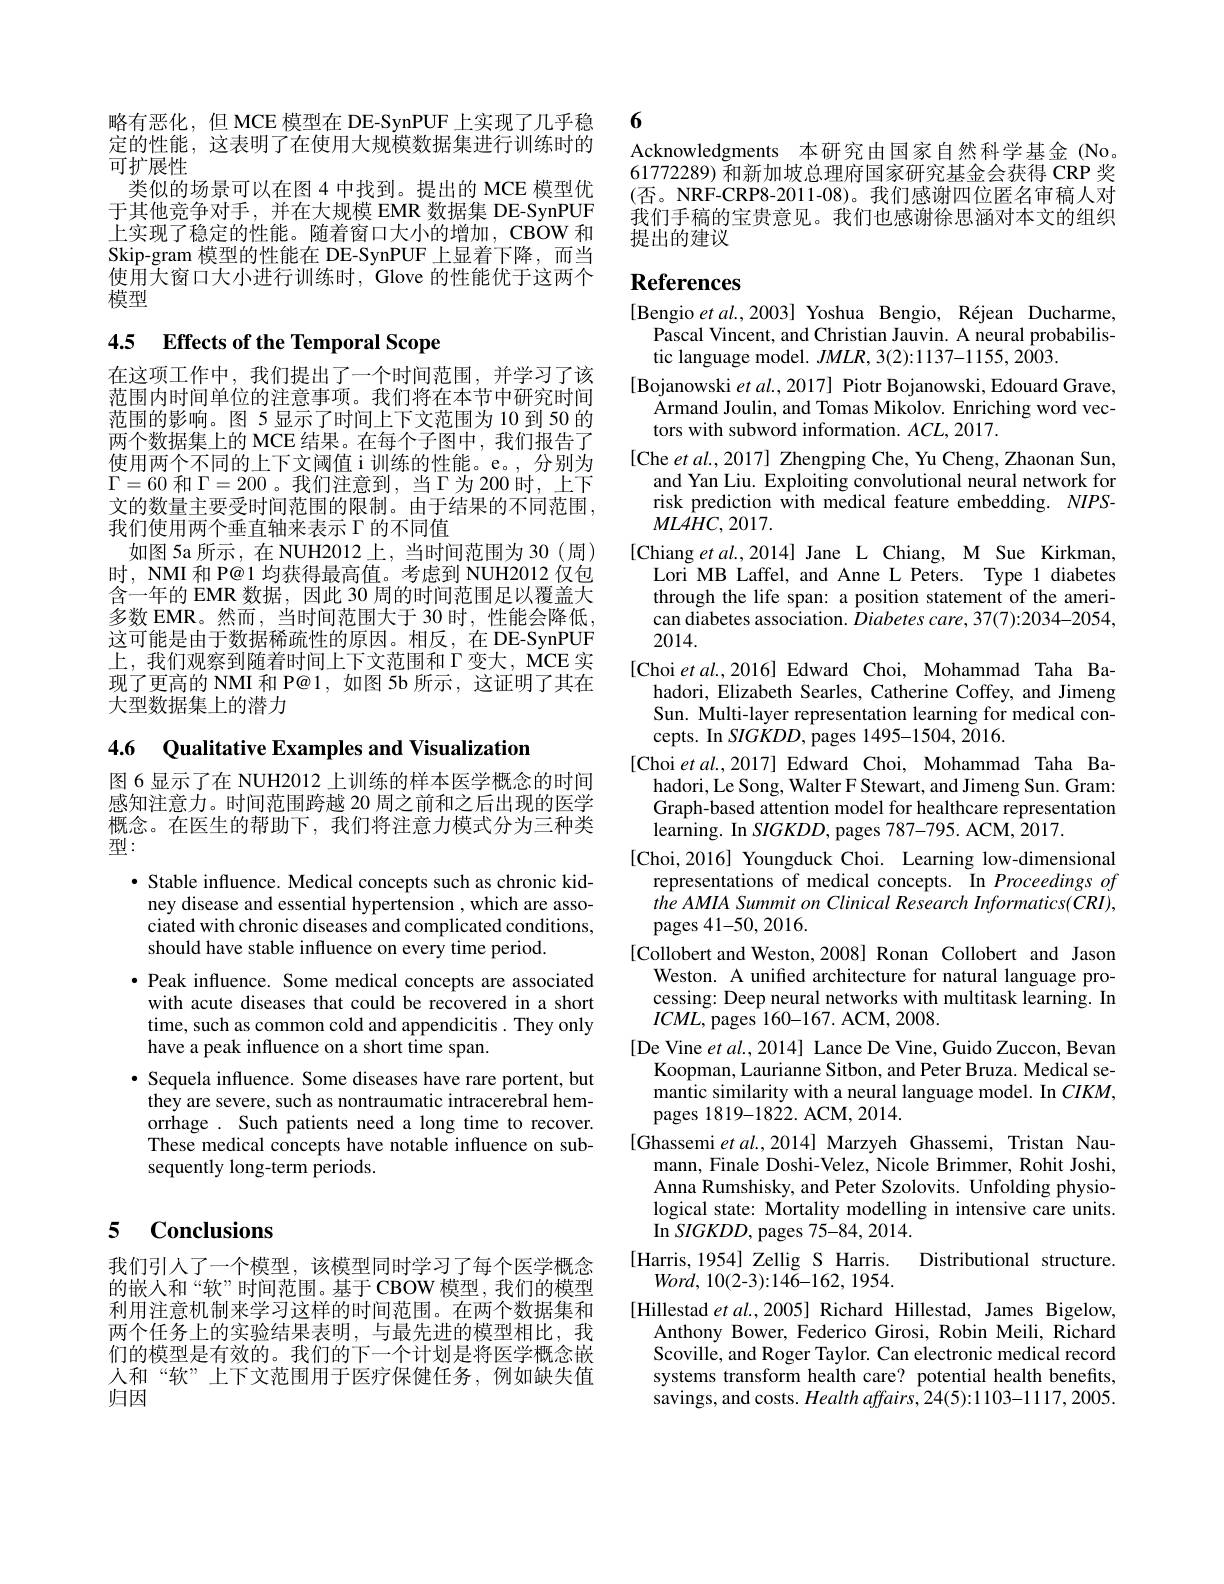
略有恶化，但 MCE 模型在 DE-SynPUF 上实现了几乎稳定的性能，这表明了在使用大规模数据集进行训练时的可扩展性
类似的场景可以在图 4 中找到。提出的 MCE 模型优于其他竞争对手，并在大规模 EMR 数据集 DE-SynPUF 上实现了稳定的性能。随着窗口大小的增加，CBOW 和Skip-gram 模型的性能在 DE-SynPUF 上显着下降，而当使用大窗口大小进行训练时，Glove 的性能优于这两个模型

## 4.5 Effects of the Temporal Scope

在这项工作中，我们提出了一个时间范围，并学习了该范围内时间单位的注意事项。我们将在本节中研究时间范围的影响。图 5 显示了时间上下文范围为 10 到 50 的两个数据集上的 MCE 结果。在每个子图中，我们报告了使用两个不同的上下文阈值 i训练的性能。e。,分别为$\Gamma=60$和$\Gamma=200$ 。我们注意到，当$\Gamma$为 200 时，上下文的数量主要受时间范围的限制。由于结果的不同范围， 我们使用两个垂直轴来表示$\Gamma$的不同值
如图 5a 所示，在 NUH2012 上，当时间范围为 30 (周) 时，NMI 和 P@1 均获得最高值。考虑到 NUH2012 仅包含一年的 EMR 数据，因此 30 周的时间范围足以覆盖大多数 EMR。然而，当时间范围大于 30 时，性能会降低， 这可能是由于数据稀疏性的原因。相反，在 DE-SynPUF 上，我们观察到随着时间上下文范围和$\Gamma$变大，MCE 实现了更高的 NMI 和 P@1,如图 5b 所示，这证明了其在大型数据集上的潜力

4.6 Qualitative Examples and Visualization

图 6 显示了在 NUH2012 上训练的样本医学概念的时间感知注意力。时间范围跨越 20 周之前和之后出现的医学概念。在医生的帮助下，我们将注意力模式分为三种类型：

· Stable influence. Medical concepts such as chronic kid-
ney disease and essential hypertension , which are associated with chronic diseases and complicated conditions, should have stable influence on every time period.
$\bullet$ Peak influence. Some medical concepts are associated with acute diseases that could be recovered in a short time, such as common cold and appendicitis. They only have a peak influence on a short time span.
$\bullet$ Sequela influence. Some diseases have rare portent, but
$\hat{\text{they are severe, such as nontraumatic intracerebral hem-}}$ orrhage. Such patients need a long time to recover. These medical concepts have notable influence on subsequently long-term periods.

### 5 $\mathbf{Conclusions}$

我们引人了一个模型，该模型同时学习了每个医学概念的嵌人和“软”时间范围。基于 CBOW 模型，我们的模型利用注意机制来学习这样的时间范围。在两个数据集和两个任务上的实验结果表明，与最先进的模型相比，我们的模型是有效的。我们的下一个计划是将医学概念嵌人和“软”上下文范围用于医疗保健任务，例如缺失值归因

6

Acknowledgments 本研究由国家自然科学基金 (No。61772289) 和新加坡总理府国家研究基金会获得 CRP 奖(否。NRF-CRP8-2011-08)。我们感谢四位匿名审稿人对我们手稿的宝贵意见。我们也感谢徐思涵对本文的组织提出的建议

# References

[Bengio $etal.,2003]$ Yoshua Bengio, Réjean Ducharme,
Pascal Vincent, and Christian Jauvin. A neural probabilis-
tic language model. $JMLR,3(2):1137-1155,2003.$
[Bojanowski et $al.,2017]$ Piotr Bojanowski, Edouard Grave,
$\dot{\text{Armand Joulin, and Tomas Mikolov. Enriching word vec-}}$
tors with subword information. $ACL,2017.$
[Che $etal.,2017]$ Zhengping Che, Yu Cheng, Zhaonan Sun,
and Yan Liu. Exploiting convolutional neural network for risk prediction with medical feature embedding. NIPS- $MLAHC,2017.$
[Chiang et al.,2014] Jane L Chiang, M Sue Kirkman,
Lori MB Laffel, and Anne L Peters. Type 1 diabetes through the life span: a position statement of the american diabetes association. Diabetes care, 37(7):2034-2054, 2014.
[Choi et al.,2016] Edward Choi, Mohammad Taha Ba-
hadori, Elizabeth Searles, Catherine Coffey, and Jimeng Sun. Multi-layer representation learning for medical concepts. In SIGKDD, pages 1495-1504, 2016.
[Choi et al.,2017] Edward Choi, Mohammad Taha Ba-
hadori, Le Song, Walter F Stewart, and Jimeng Sun. Gram: Graph-based attention model for healthcare representation learning. In SIGKDD, pages 787-795. ACM, 2017.
[Choi,2016] Youngduck Choi. Learning low-dimensional
representations of medical concepts. In Proceedings of the AMIA Summit on Clinical Research Informatics(CRI), pages 41-50, 2016.
[Collobert and Weston, 2008] Ronan Collobert and Jason
Weston. A unified architecture for natural language processing: Deep neural networks with multitask learning. In $ICML$, pages 160-167. ACM, 2008.
[De Vine et al.,2014] Lance De Vine, Guido Zuccon, Bevan
Koopman, Laurianne Sitbon, and Peter Bruza. Medical semantic similarity with a neural language model. In $CIKM$, pages 1819-1822. ACM, 2014.
[Ghassemi $etal.,2014]$ Marzyeh Ghassemi, Tristan Nau-
mann, Finale Doshi-Velez, Nicole Brimmer, Rohit Joshi, Anna Rumshisky, and Peter Szolovits. Unfolding physiological state: Mortality modelling in intensive care units. In $SIGKDD$, pages 75-84,2014.
[Harris, 1954] Zellig S Harris.
Distributional structure.
$Word,10(2-3):146-162,1954.$
[Hillestad et al., 2005] Richard Hillestad, James Bigelow,
Anthony Bower, Federico Girosi, Robin Meili, Richard Scoville, and Roger Taylor. Can electronic medical record systems transform health care? potential health benefits, savings, and costs. Health affairs, 24(5):1103-1117, 2005